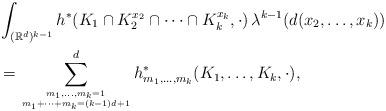
LaTeX: \begin{align*}& \int_{({\mathbb R}^d)^{k-1}}h^\ast (K_1\cap K_2^{x_2}\cap \dots \cap K_k^{x_k},\cdot)\, \lambda^{k-1} (d(x_2,\dots ,x_k)) \\& = \sum_{{m_1,\dots,m_k=1}\atop{m_1+\dots +m_k=(k-1)d+1}}^dh^\ast_{m_1,\dots,m_k}(K_1,\dots,K_k,\cdot),\end{align*}